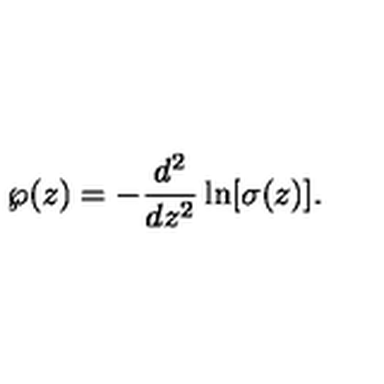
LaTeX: \wp ( z ) = - \frac { d ^ { 2 } } { d z ^ { 2 } } \ln [ \sigma ( z ) ] .